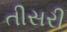
તીસરી